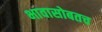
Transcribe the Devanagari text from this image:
भावासोबतच